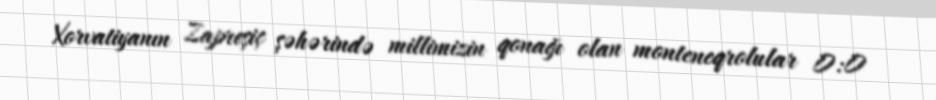
Xorvatiyanın Zapreşiç şəhərində millimizin qonağı olan monteneqrolular 0:0